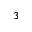
^ 3